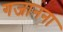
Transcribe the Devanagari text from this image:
गजानना